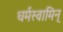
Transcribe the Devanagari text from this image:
धर्मस्वामिन्